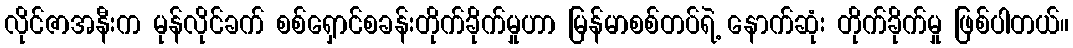
လိုင်ဇာအနီးက မုန်လိုင်ခက် စစ်ရှောင်စခန်းတိုက်ခိုက်မှုဟာ မြန်မာစစ်တပ်ရဲ့ နောက်ဆုံး တိုက်ခိုက်မှု ဖြစ်ပါတယ်။